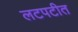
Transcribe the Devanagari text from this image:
लटपटीत